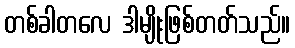
တစ်ခါတလေ ဒါမျိုးဖြစ်တတ်သည်။